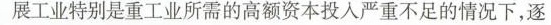
展工业特别是重工业所需的高额资本投入严重不足的情况下，逐